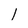
Character: l